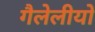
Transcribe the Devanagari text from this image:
गैलेलीयो